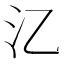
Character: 㲸